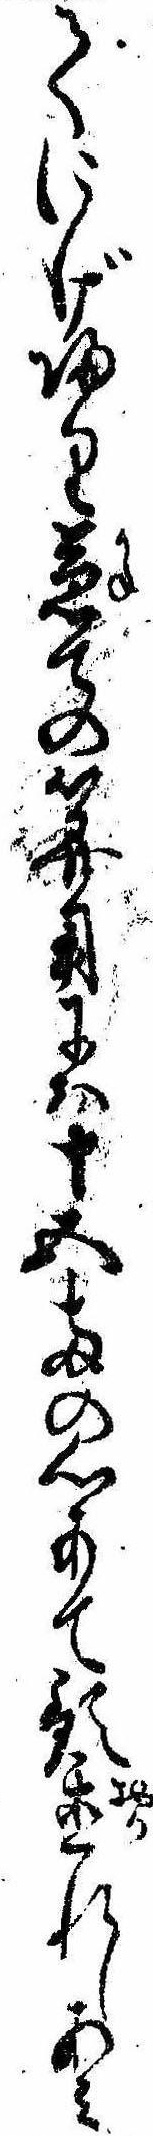
てにげ帰り兼ての算用には十五両の心あて預置れしあみ